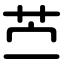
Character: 苎